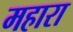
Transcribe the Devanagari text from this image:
महारा